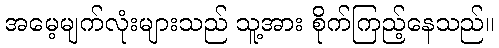
အမေ့မျက်လုံးများသည် သူ့အား စိုက်ကြည့်နေသည်။